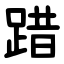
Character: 踖